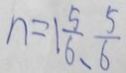
n = 1 \frac { 5 } { 6 } . \frac { 5 } { 6 }